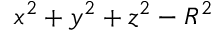
x ^ { 2 } + y ^ { 2 } + z ^ { 2 } - R ^ { 2 }